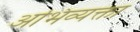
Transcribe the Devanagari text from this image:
अभिव्यक्ता